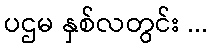
ပဌမ နှစ်လတွင်း ...